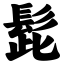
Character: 髭